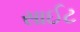
સાઈટ